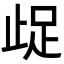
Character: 𭭤